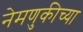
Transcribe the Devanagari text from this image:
नेमणुकीच्या